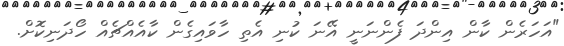
"އަހަރެން ކާން އިންދަ ފެންނަނީ އޭނަ ކުނި އެތި ހާވައިގެން ކާއެއްޗެއް ހޯދަނިކޮށް.